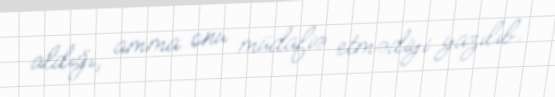
aldığı, amma onu müdafiə etmədiyi yazılıb.